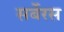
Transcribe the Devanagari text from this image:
सर्बेरस